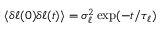
\langle \delta \ell ( 0 ) \delta \ell ( t ) \rangle = \sigma _ { \ell } ^ { 2 } \exp ( - t / \tau _ { \ell } )